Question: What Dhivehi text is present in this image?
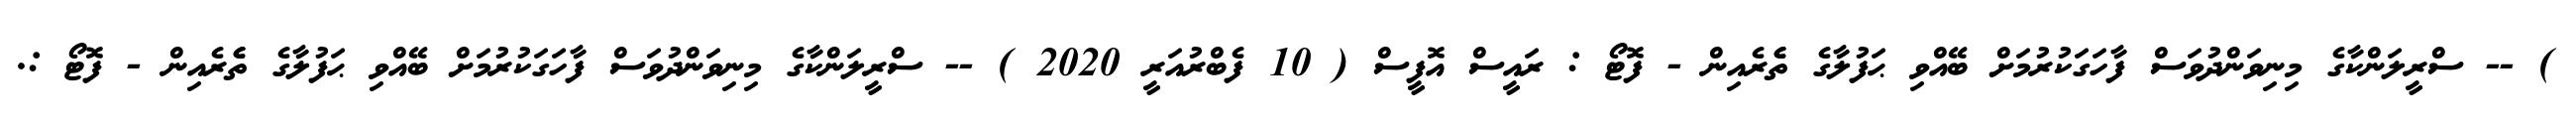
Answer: ) -- ސްރީލަންކާގެ މިނިވަންދުވަސް ފާހަގަކުރުމަށް ބޭއްވި ޙަފުލާގެ ތެެރެއިން - ފޮޓޯ : ރައީސް އޮފީސް ( 10 ފެބްރުއަރީ 2020 ) -- ސްރީލަންކާގެ މިނިވަންދުވަސް ފާހަގަކުރުމަށް ބޭއްވި ޙަފުލާގެ ތެެރެއިން - ފޮޓޯ :.